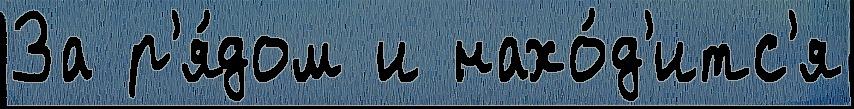
За р'я́дом и нахо́д'итс'я